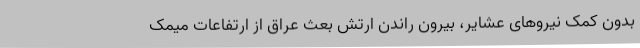
بدون کمک نیروهای عشایر، بیرون راندن ارتش بعث عراق از ارتفاعات میمک